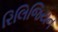
રિલિજિયન